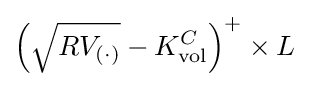
\left({\sqrt {RV_{(\cdot )}}}-K_{\text{vol}}^{C}\right)^{+}\times L